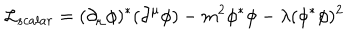
{ \cal L } _ { s c a l a r } = ( \partial _ { \mu } \phi ) ^ { \ast } ( \partial ^ { \mu } \phi ) - m ^ { 2 } \phi ^ { \ast } \phi - \lambda ( \phi ^ { \ast } \phi ) ^ { 2 }